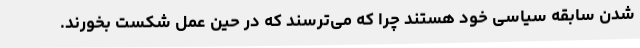
شدن سابقه سیاسی خود هستند چرا که می‌ترسند که در حین عمل شکست بخورند.